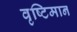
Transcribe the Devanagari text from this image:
वृष्टिमान